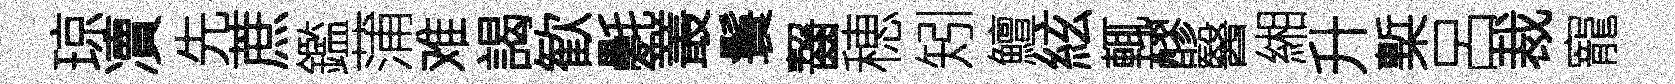
琼凟先蔗鑑蒲难謁歓氎叢鬟齧穂矧鱣絃輒醪醫緗升槧呂裁寵